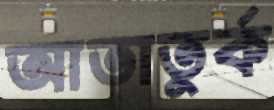
আতাতুর্ক